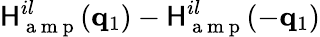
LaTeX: \mathsf{H}_{\mathrm{{~a~m~p~}}}^{il}(\mathbf{{q}}_{1})-\mathsf{H}_{\mathrm{{~a~m~p~}}}^{il}(-\mathbf{{q}}_{1})